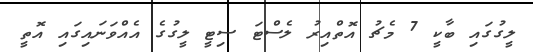
ލީގުގައި ބާކީ 7 މެޗު އޮތްއިރު ލެސްޓަ ސިޓީ ލީގުގެ އެއްވަނައިގައި އޮތީ